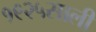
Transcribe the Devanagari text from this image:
१९२५साली